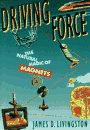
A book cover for Driving Force: The Natural Magic of Magnets; James D. Livingston; Science & Math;